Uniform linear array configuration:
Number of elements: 24
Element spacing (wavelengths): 0.25
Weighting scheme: blackman
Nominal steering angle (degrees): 15
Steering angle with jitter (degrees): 15.983
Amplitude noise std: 0.05
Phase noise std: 0.05

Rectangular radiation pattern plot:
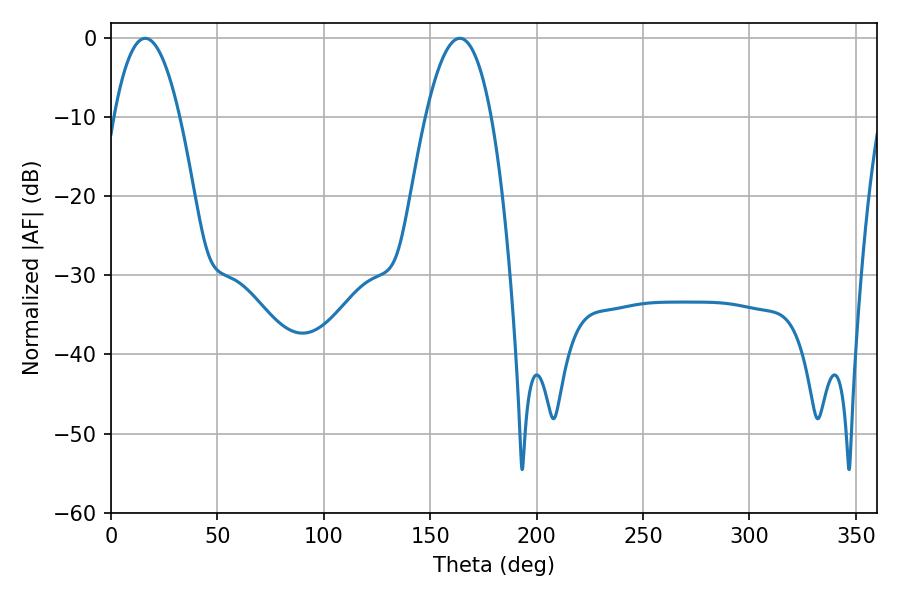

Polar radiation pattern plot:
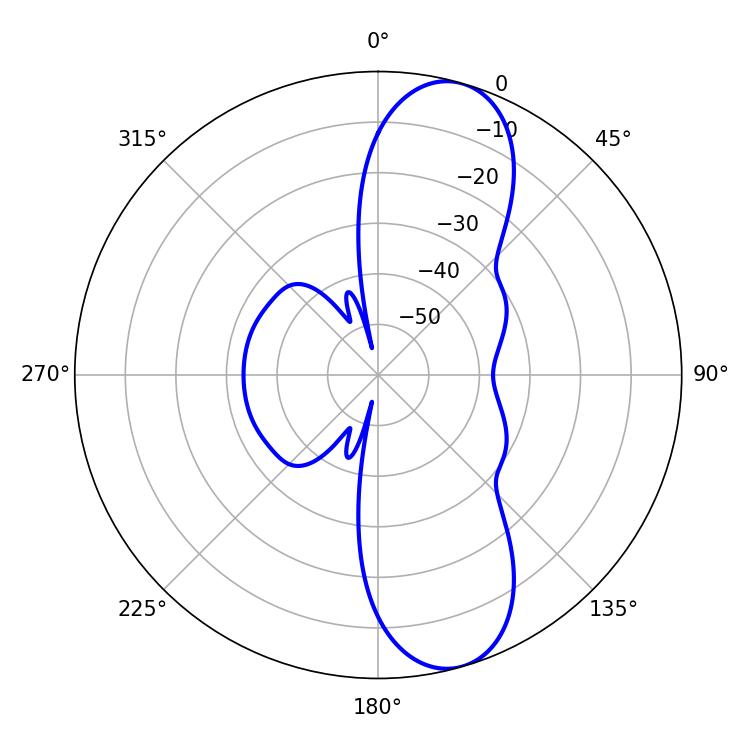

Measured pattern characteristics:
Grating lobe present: FALSE
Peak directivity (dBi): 10.447
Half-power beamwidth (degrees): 17.1
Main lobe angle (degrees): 16.02